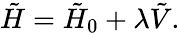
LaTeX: \tilde{H}=\tilde{H}_{0}+\lambda\tilde{V}.